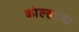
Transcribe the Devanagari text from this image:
कोल्ह्याचा